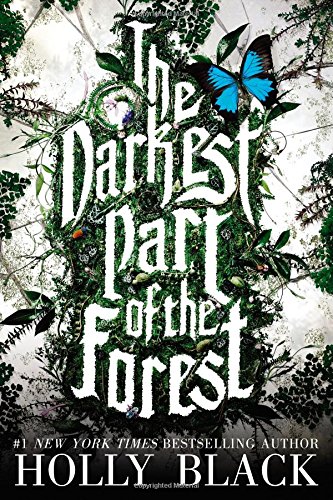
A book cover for The Darkest Part of the Forest; Holly Black; Literature & Fiction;